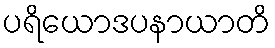
ပရိယောဒပနာယာတိ